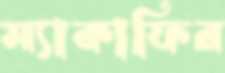
ম্যাকাফির